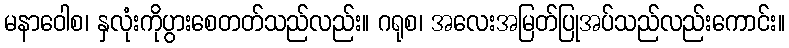
မနာဝေါစ၊ နှလုံးကိုပွားစေတတ်သည်လည်း။ ဂရုစ၊ အလေးအမြတ်ပြုအပ်သည်လည်းကောင်း။